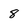
Character: 8